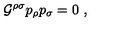
{ \cal G } ^ { \rho \sigma } p _ { \rho } p _ { \sigma } = 0 \ ,